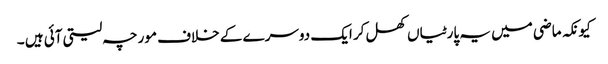
کیونکہ ماضی میں یہ پارٹیاں کھل کر ایک دوسرے کے خلاف مورچہ لیتی آئی ہیں ۔